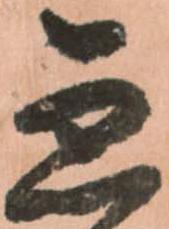
急